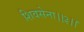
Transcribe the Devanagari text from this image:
शिवसेना।।३।।